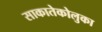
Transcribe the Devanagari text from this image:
साकातेकोलुका